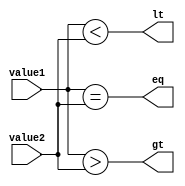
module magnitude_comparator (
    input [7:0] value1,
    input [7:0] value2,
    output  eq,
    output  lt,
    output  gt
);

assign eq = (value1 == value2);
assign lt = (value1 < value2);
assign gt = (value1 > value2);

endmodule